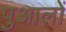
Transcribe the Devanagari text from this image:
पुआलों